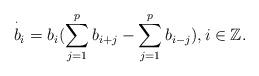
LaTeX: \begin{align*} \overset \cdot b_i = b_i(\sum_{j=1}^p b_{i+j} -\sum_{j=1}^p b_{i-j}),i\in\mathbb{Z}.\end{align*}